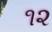
૧૨